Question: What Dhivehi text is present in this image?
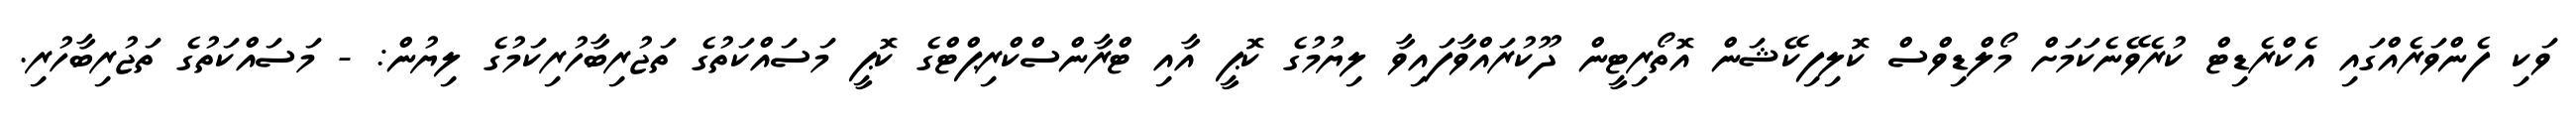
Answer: ވަކި ފެންވަރެއްގައި އެކްރެޑިޓް ކުރެވޭނެކަމަށް މޯލްޑިވްސް ކޮލިފިކޭޝަން އޮތޯރިޓީން ދޫކުރައްވާފައިވާ ލިޔުމުގެ ކޮޕީ އާއި ޓްރާންސްކްރިޕްޓްގެ ކޮޕީ މަސައްކަތުގެ ތަޖުރިބާހުރިކަމުގެ ލިޔުން: - މަސައްކަތުގެ ތަޖުރިބާހުރި.